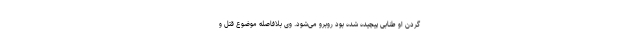
گردن او طنابی پیچیده شده بود روبرو می‌شود. وی بلافاصله موضوع قتل و